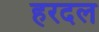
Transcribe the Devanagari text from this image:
हरदल